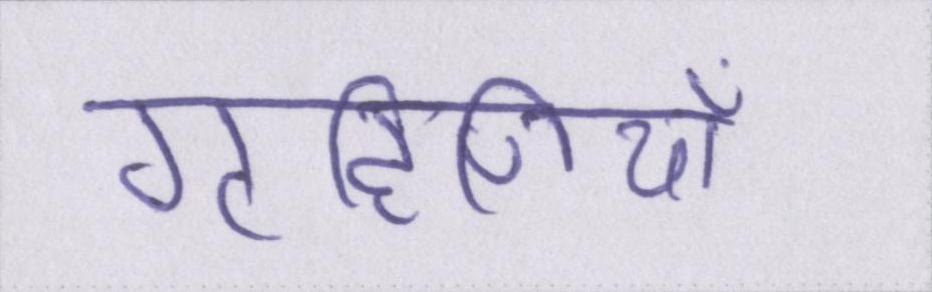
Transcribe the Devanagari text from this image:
गृहिणियाँ